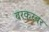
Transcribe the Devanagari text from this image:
बरकरबर